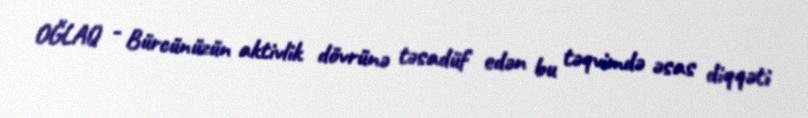
OĞLAQ - Bürcünüzün aktivlik dövrünə təsadüf edən bu təqvimdə əsas diqqəti